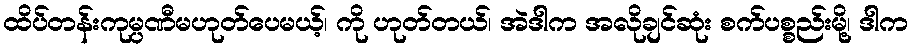
ထိပ်တန်းကုမ္ပဏီမဟုတ်ပေမယ့်၊ ကို ဟုတ်တယ်၊ အဲဒါက အလိုချင်ဆုံး စက်ပစ္စည်းမို့၊ ဒါက